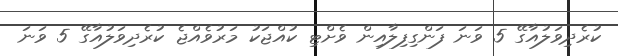
ކުރެދިވަލުއާގޭ 5 ވަނަ ފަންގިފިލާއިން ވެށްޓި ކުއްޖަކު މަރުވެއްޖެ ކުރެދިވަލުއާގޭ 5 ވަނަ